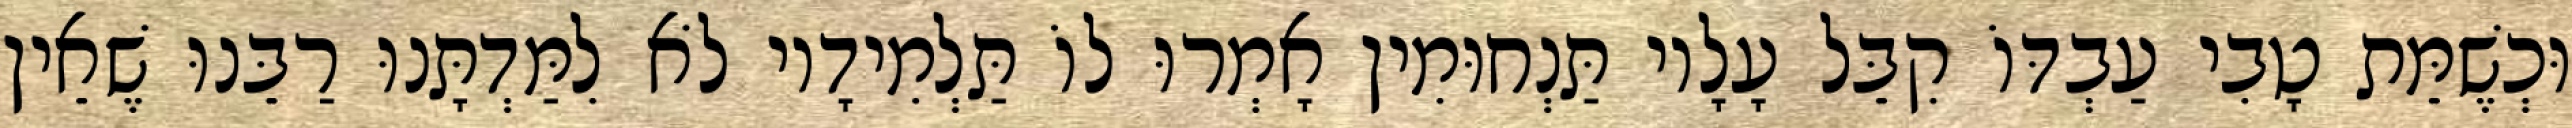
וּכְשֶׁמֵּת טָבִי עַבְדּוֹ קִבֵּל עָלָיו תַּנְחוּמִין אָמְרוּ לוֹ תַּלְמִידָיו לֹא לִמַּדְתָּנוּ רַבֵּנוּ שֶׁאֵין